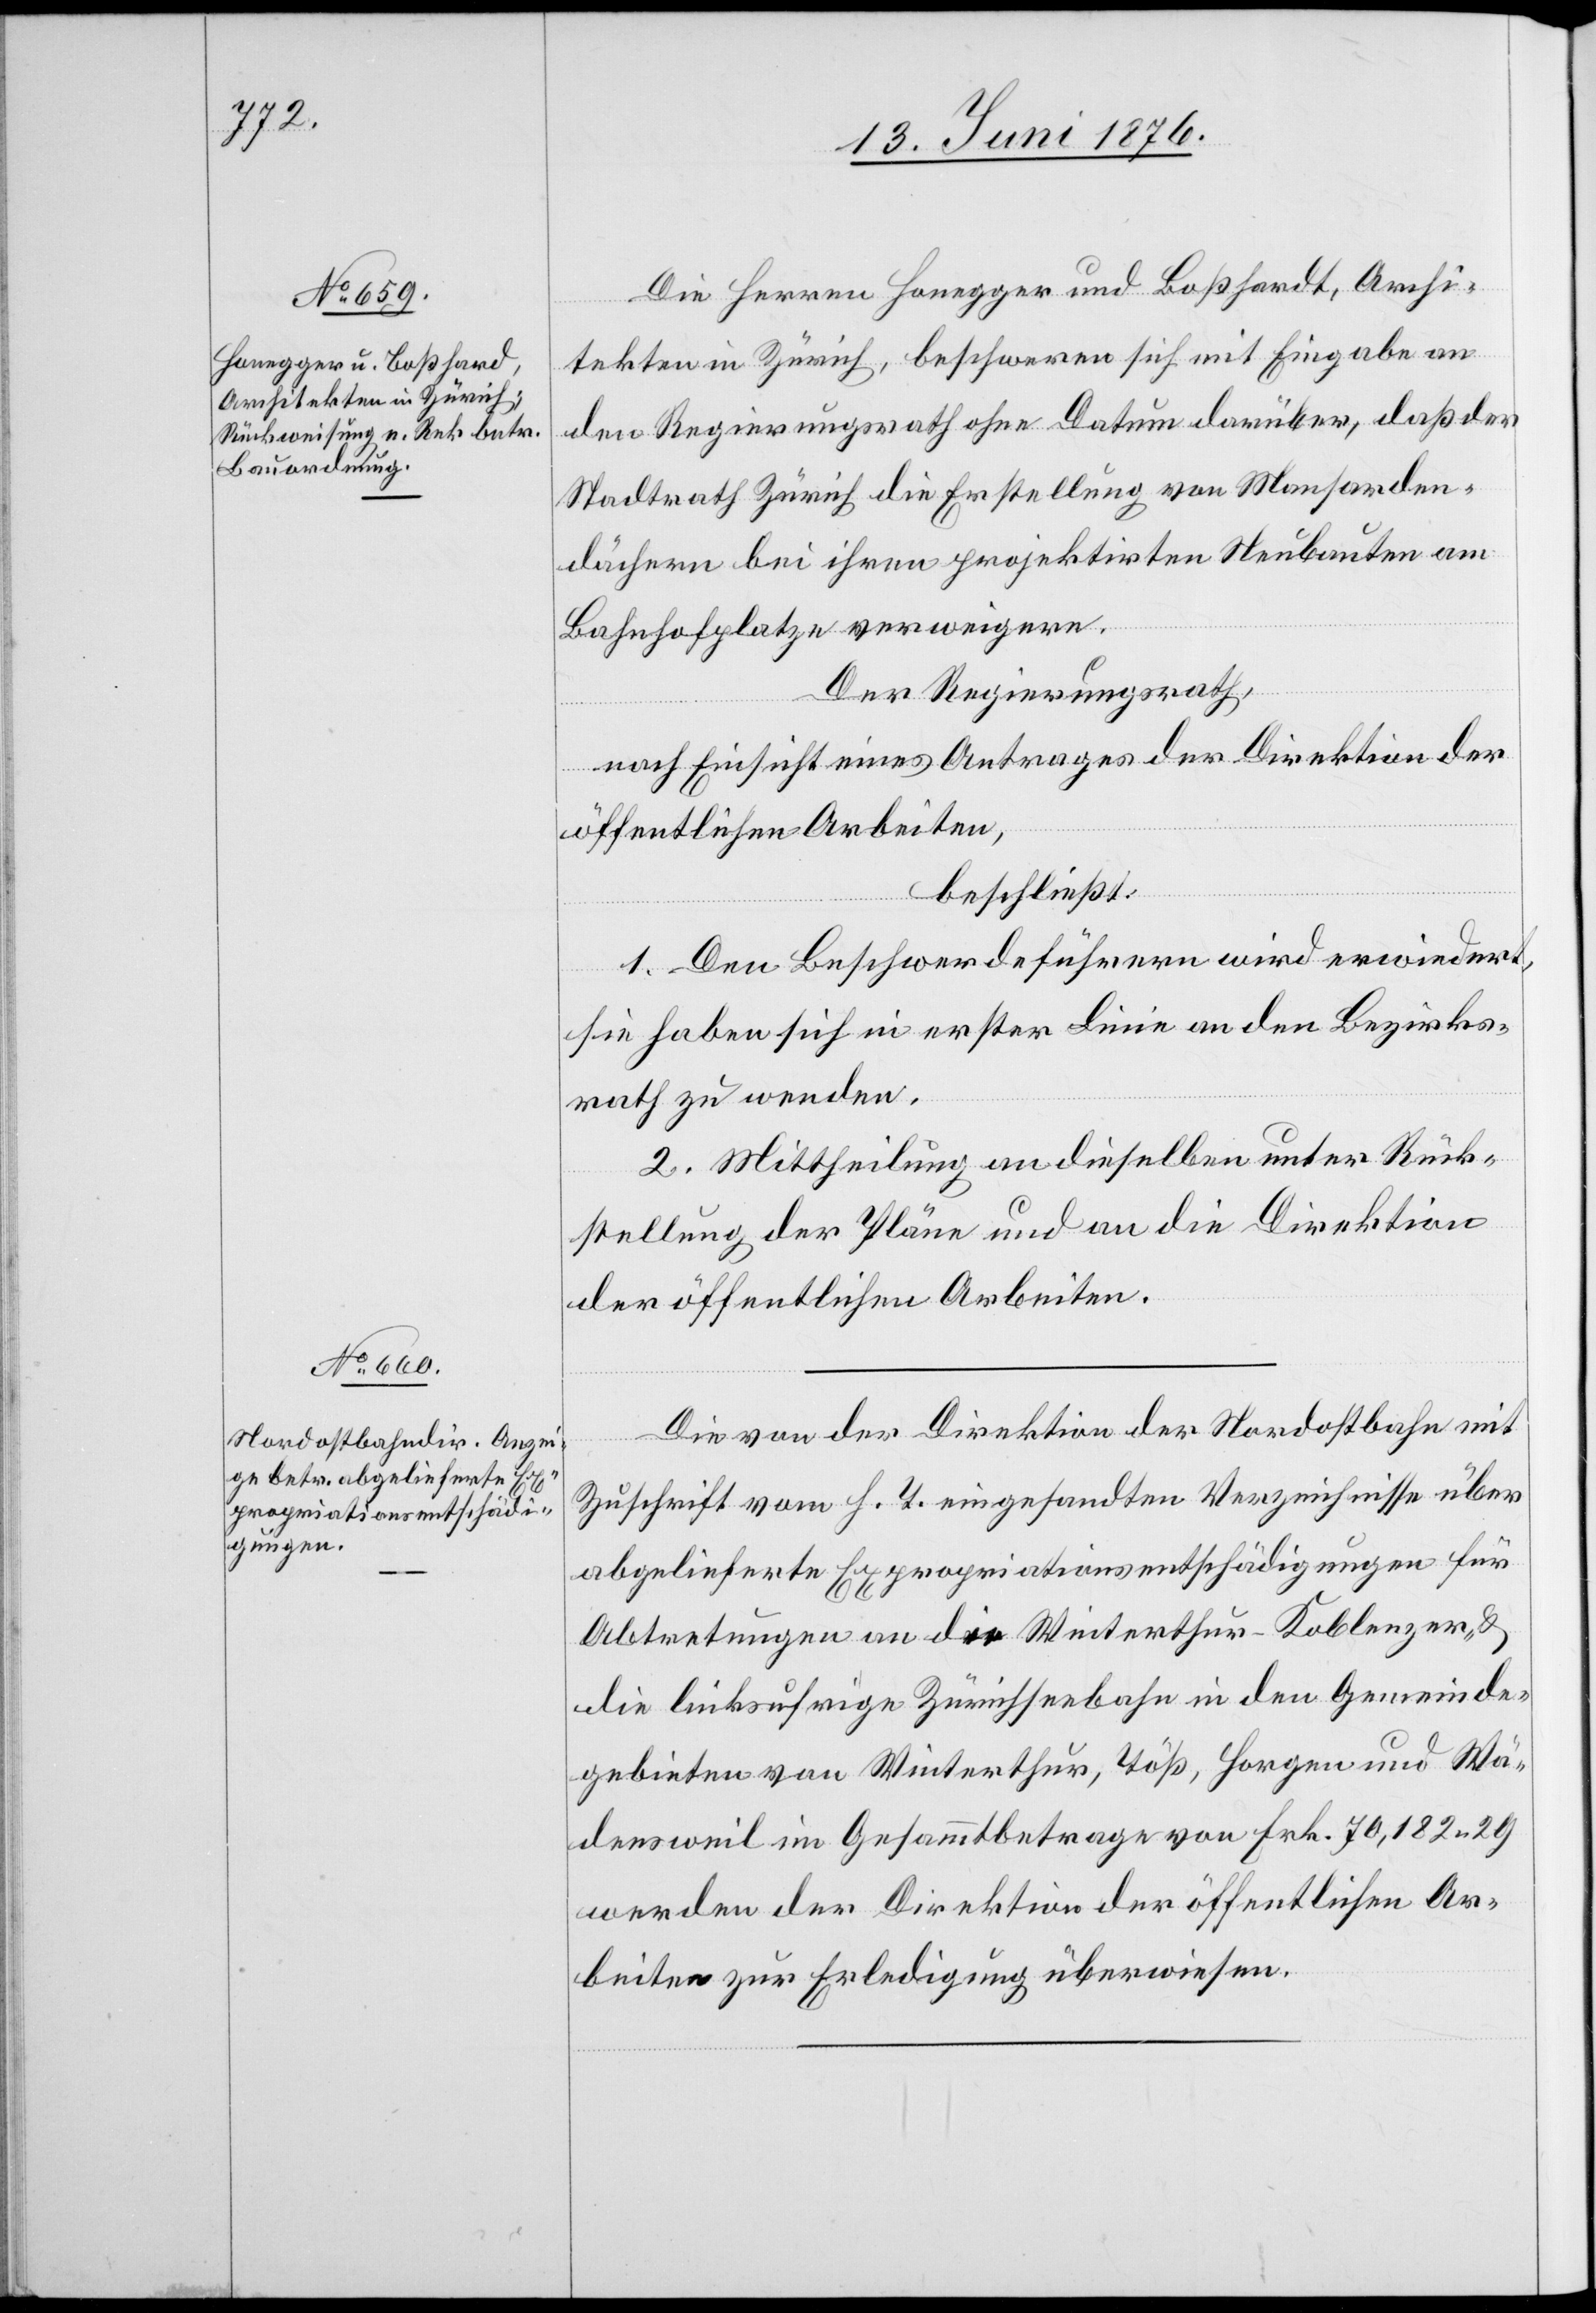
Archi¬

14. Juni 1876.]
Die Herren Honegger und Boßhardt [si¬
tekten in Zürich, beschweren sich mit Eingabe an
den Regierungsrath ohne Datum darüber, daß der
Stadtrath Zürich die Erstellung von Mansarden¬
dächern bei ihren projektirten Neubauten am
Bahnhofplatze verweigere.
Der Regierungsrath,
nach Einsicht eines Antrages der Direktion der
c!],
öffentlichen Arbeiten,
beschließt:
1. Den Beschwerdeführern wird erwiedert,
sie haben sich in erster Linie an den Bezirks¬
rath zu wenden.
2. Mittheilung an dieselben unter Rück¬
stellung der Pläne und an die Direktion
der öffentlichen Arbeiten.
Die von der Direktion der Nordostbahn mit
Zuschrift vom h. T. eingesandten Verzeichnisse über
abgelieferte Expropriationsentschädigungen für
Abtretungen an die Winterthur-Koblenzer- &
die linksufrige Zürichseebahn in den Gemeinde¬
gebieten von Winterthur, Töß, Horgen und Wä¬
densweil im Gesammtbetrage von Frk. 70,182 29
werden der Direktion der öffentlichen Ar¬
beiten zur Erledigung überwiesen.